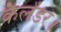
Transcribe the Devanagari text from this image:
कैलेंडर।